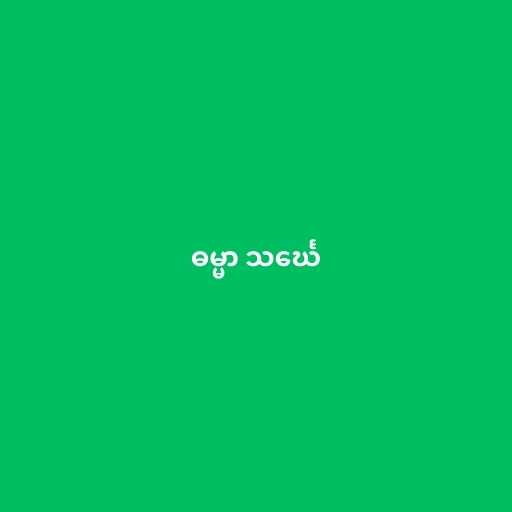
ဓမ္မာ သင်္ဃေ